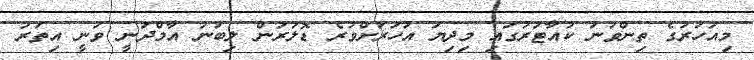
މިއަހަރުގެ ތިންވަނަ ކުއާޓަރުގައި މިދިޔަ އަހަރަށްވުރެ ޑޮލަރުން ލިބުނު އާމްދަނީ ވަނީ އިތުރު